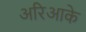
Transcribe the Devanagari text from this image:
अरिआके